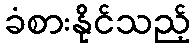
ခံစားနိုင်သည့်